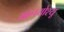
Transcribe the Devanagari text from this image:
मानयोश्यू